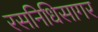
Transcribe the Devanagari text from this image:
रसनिधिसागर